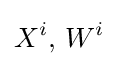
X^{i},\,W^{i}